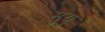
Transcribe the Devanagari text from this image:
सुयु